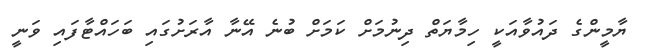
ޔާމީންގެ ދައުވާއަކީ ހިމާޔަތް ދިނުމަށް ކަމަށް ބުނެ އޭނާ އާރަށުގައި ބަހައްޓާފައި ވަނީ